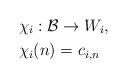
LaTeX: \begin{align*}&\chi_i: \mathcal{B}\to W_i, \\&\chi_i(n)= c_{i,n}\end{align*}